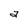
Character: a